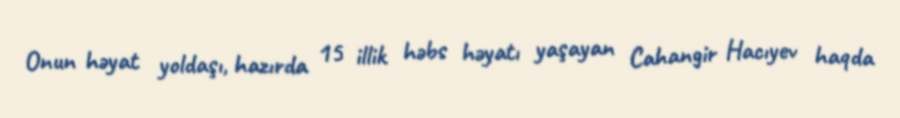
Onun həyat yoldaşı, hazırda 15 illik həbs həyatı yaşayan Cahangir Hacıyev haqda